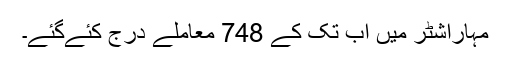
مہاراشٹر میں اب تک کے 748 معاملے درج کئےگئے۔